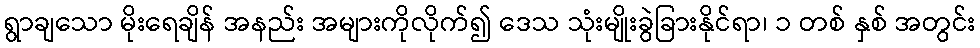
ရွာချသော မိုးရေချိန် အနည်း အများကိုလိုက်၍ ဒေသ သုံးမျိုးခွဲခြားနိုင်ရာ၊ ၁ တစ် နှစ် အတွင်း